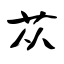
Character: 苁